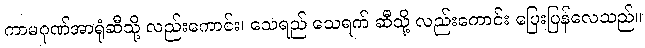
ကာမဂုဏ်အာရုံဆီသို့ လည်းကောင်း၊ သေရည် သေရက် ဆီသို့ လည်းကောင်း ပြေးပြန်လေသည်။